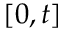
[ 0 , t ]